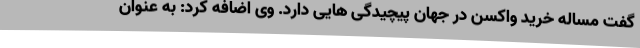
گفت مساله خرید واکسن در جهان پیچیدگی هایی دارد. وی اضافه کرد: به عنوان